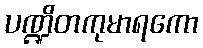
ပဏ္ဍိတကုမာရကော